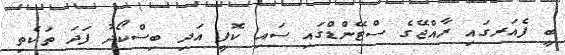
ބީ ފެއަރގައި ރާއްޖޭގެ ސްޓޭންޑްގައި ސައި ކޮފީ އަދި ބިސްކޯދު ފަދަ ތަކެތި